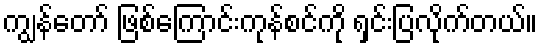
ကျွန်တော် ဖြစ်ကြောင်းကုန်စင်ကို ရှင်းပြလိုက်တယ်။